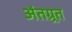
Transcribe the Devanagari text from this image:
अंतग्र्रत